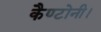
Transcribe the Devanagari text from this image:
कैण्टोनी।